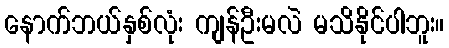
နောက်ဘယ်နှစ်လုံး ကျန်ဦးမလဲ မသိနိုင်ပါဘူး။